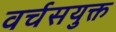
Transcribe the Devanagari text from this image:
वर्चसयुक्त